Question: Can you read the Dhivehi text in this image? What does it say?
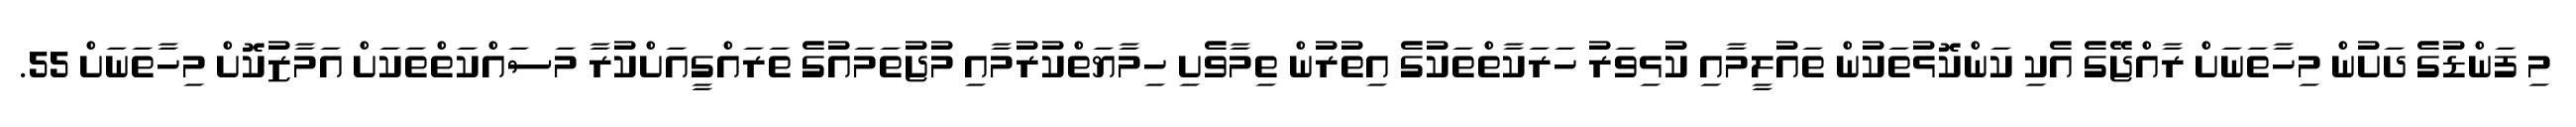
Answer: މި ފަންޑުގެ ދަށުން މިހާތަނަށް ރާއްޖޭގެ އެކި ކަންކޮޅުތަކުން ތައުލީމާއި ކުޅިވަރު ހަރަކާތްތަކުގެ އިތުރުން ތިމާވެށި ހިމާޔަތްކުރުމާއި މުޖުތަމައުގެ ތަރައްގީއަށްކުރާ މަސައްކަތްތަކަށް އަމާޒުކޮށް މިހާތަނަށް 55.